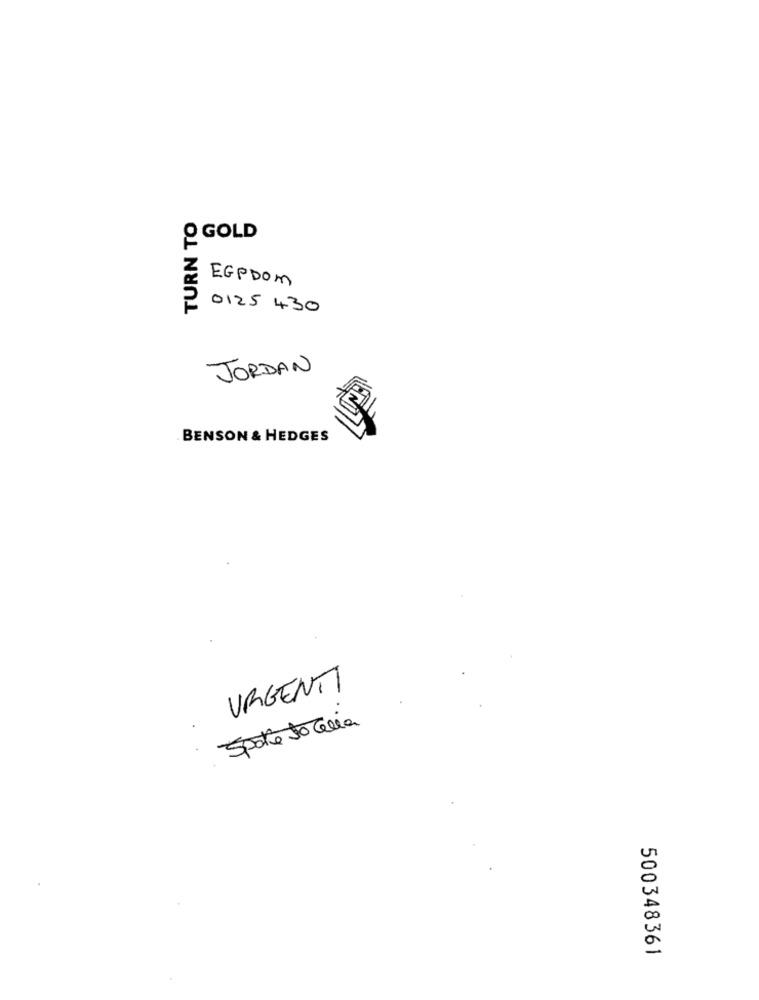
TURN TO
O GOLD
EGPDOM
0125 430
JORDAN
BENSON & HEDGES
URGENTI
Spoke to celia
500348361